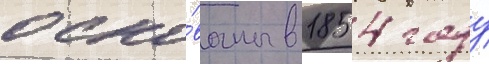
осно́ваны в 1854 году